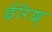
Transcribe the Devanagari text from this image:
ईरिश्